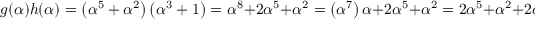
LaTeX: g ( \alpha ) h ( \alpha ) = \left( \alpha ^ { 5 } + \alpha ^ { 2 } \right) \left( \alpha ^ { 3 } + 1 \right) = \alpha ^ { 8 } + 2 \alpha ^ { 5 } + \alpha ^ { 2 } = \left( \alpha ^ { 7 } \right) \alpha + 2 \alpha ^ { 5 } + \alpha ^ { 2 } = 2 \alpha ^ { 5 } + \alpha ^ { 2 } + 2 \alpha .